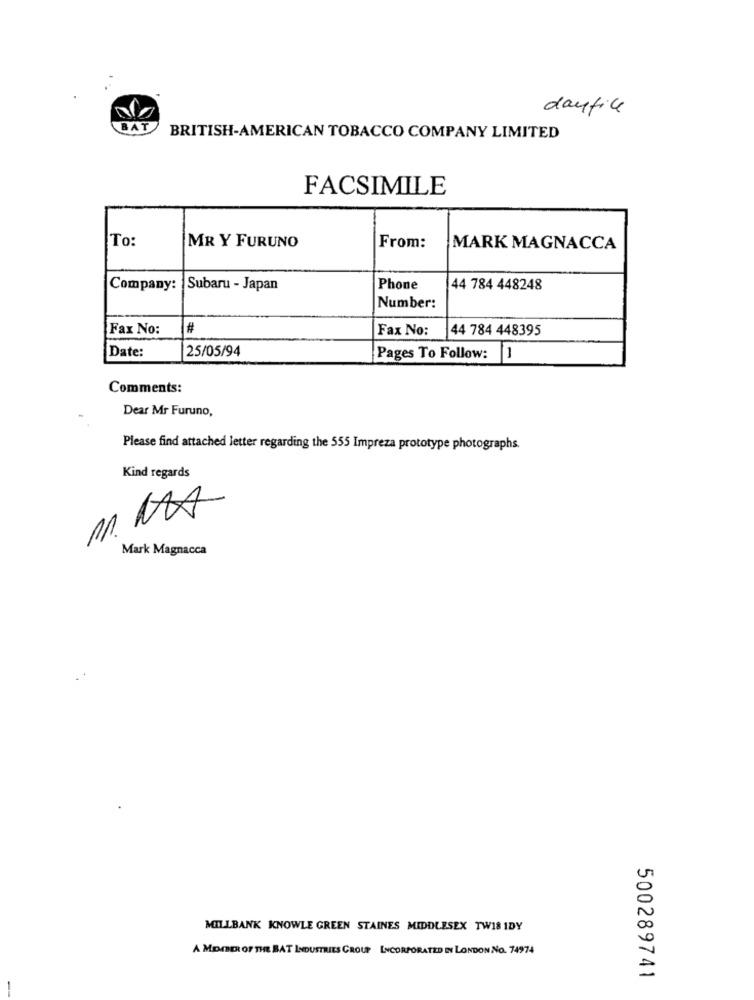
daufice
BAT
BRITISH-AMERICAN TOBACCO COMPANY LIMITED
FACSIMILE
To:
MR Y FURUNO
From:
MARK MAGNACCA
Company:
Subaru - Japan
Phone
44 784 448248
Number:
Fax No:
#
Fax No:
44 784 448395
Date:
25/05/94
Pages To Follow:
-
Comments:
Dear Mr Furuno,
Please find attached letter regarding the 555 Impreza prototype photographs.
Kind regards
M. NOA
Mark Magnacca
MILLBANK KNOWLE GREEN STAINES MIDDLESEX TW18 IDY
A MEMBER OF THE BAT INDUSTRIES GROUP INCORPORATED IN LONDON NO. 74974
500289741
--